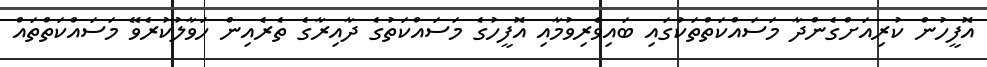
އޮފީހުން ކުރިއަށްގެންދާ މަސައްކަތްތަކުގައި ބައިވެރިވުމާއި އޮފީހުގެ މަސައްކަތުގެ ދާއިރާގެ ތެރެއިން ހަވާލުކުރެވޭ މަސައްކަތްތައް